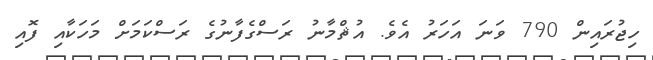
ހިޖުރައިން 790 ވަނަ އަހަރު އެވެ. އުޘްމާނު ރަސްގެފާނުގެ ރަސްކަމަށް މަހަކާއި ފޮއި